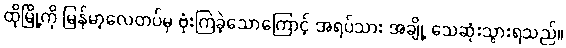
ထိုမြို့ကို မြန်မာ့လေတပ်မှ ဗုံးကြဲခဲ့သောကြောင့် အရပ်သား အချို့ သေဆုံးသွားရသည်။